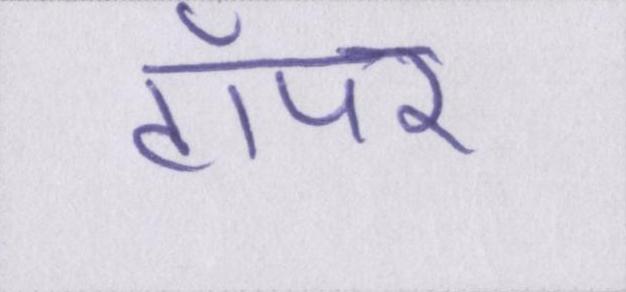
टॉपर